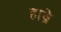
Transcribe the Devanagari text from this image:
हाव्रे